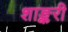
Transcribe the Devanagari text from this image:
शाङ्करी